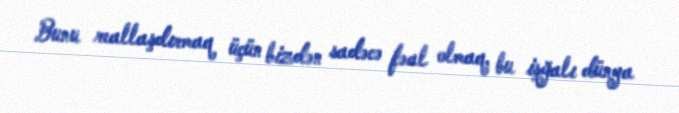
Bunu reallaşdırmaq üçün bizdən sadəcə fəal olmaq, bu işğalı dünya